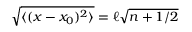
\sqrt { \langle ( x - x _ { 0 } ) ^ { 2 } \rangle } = \ell \sqrt { n + 1 / 2 }